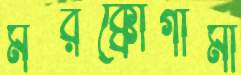
মরক্কোগামী